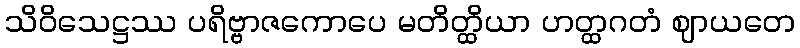
သိဝိသေဋ္ဌဿ ပရိဗ္ဗာဇကောပေ မတိတ္ထိယာ ဟတ္ထဂတံ ဈာယတေ